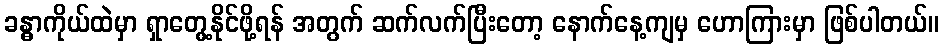
ခန္ဓာကိုယ်ထဲမှာ ရှာတွေ့နိုင်ဖို့ရန် အတွက် ဆက်လက်ပြီးတော့ နောက်နေ့ကျမှ ဟောကြားမှာ ဖြစ်ပါတယ်။